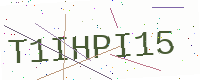
Text: T1IHPI15